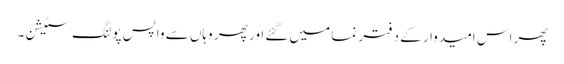
پھر اس امیدوار کے دفتر نما میں گئے اور پھر وہاں سے واپس پولنگ سٹیشن۔